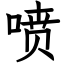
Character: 喷